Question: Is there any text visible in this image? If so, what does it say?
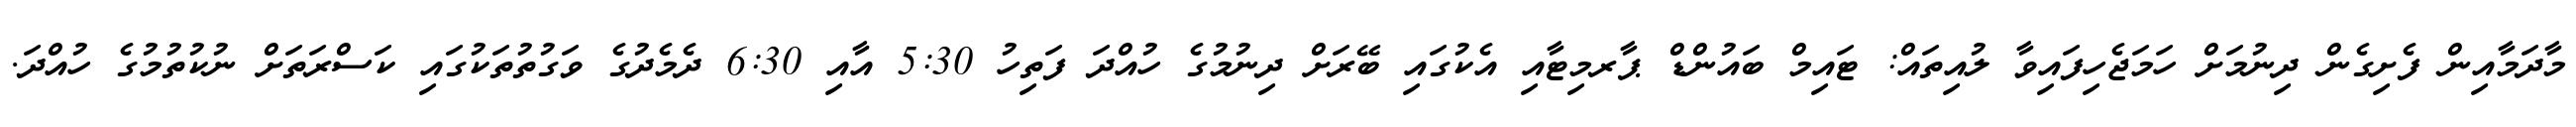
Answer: މާދަމާއިން ފެށިގެން ދިނުމަށް ހަމަޖެހިފައިވާ ލުއިތައް: ޓައިމް ބައުންޑް ޕާރމިޓާއި އެކުގައި ބޭރަށް ދިނުމުގެ ހުއްދަ ފަތިހު 5:30 އާއި 6:30 ދެމެދުގެ ވަގުތުތަކުގައި ކަސްރަތަށް ނުކުތުމުގެ ހުއްދަ.